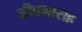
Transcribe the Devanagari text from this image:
जीवनासह